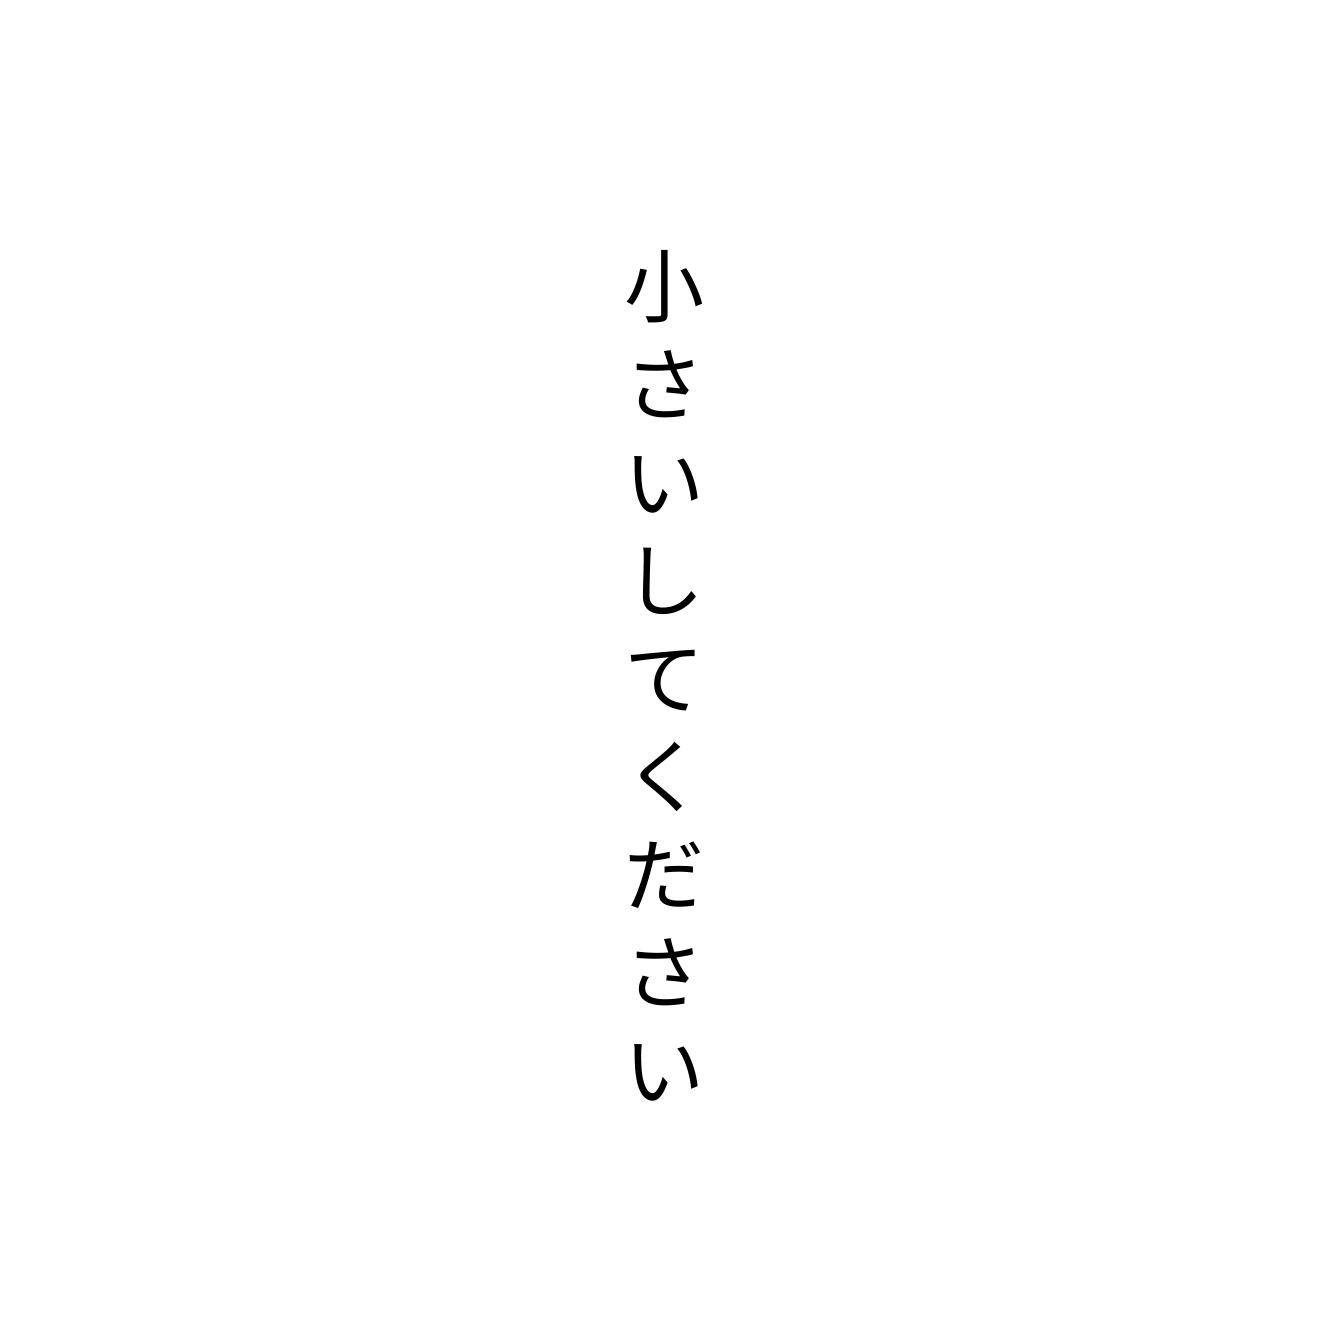
小さいしてください